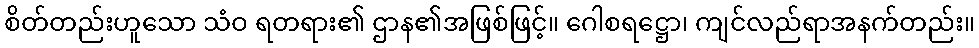
စိတ်တည်းဟူသော သံဝ ရတရား၏ ဌာန၏အဖြစ်ဖြင့်။ ဂေါစရဋ္ဌော၊ ကျင်လည်ရာအနက်တည်း။